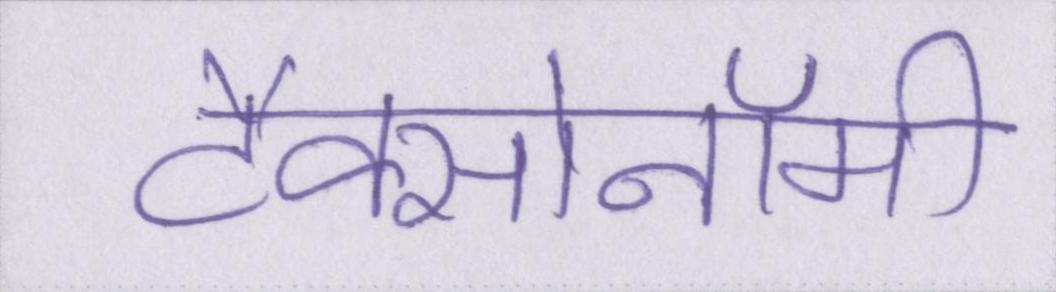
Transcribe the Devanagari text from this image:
टैक्सोनॉमी